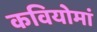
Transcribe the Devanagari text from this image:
कवियोमां